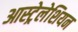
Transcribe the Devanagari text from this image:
आस्ट्रेलेशियन